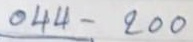
044 - 200